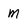
Character: M